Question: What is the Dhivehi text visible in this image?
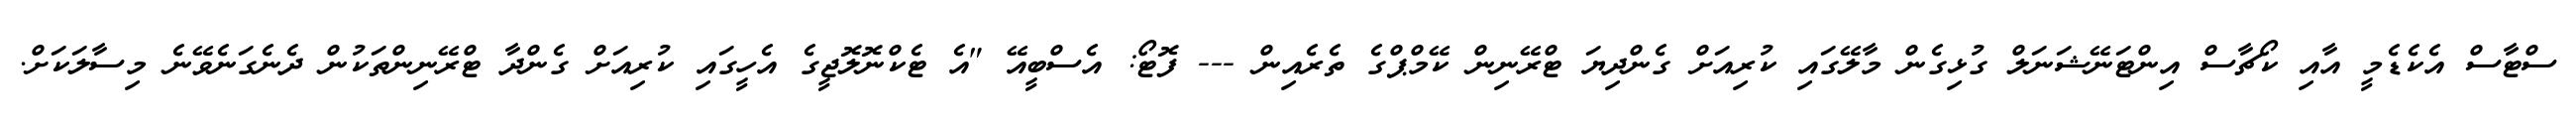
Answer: ސްޓާސް އެކެޑެމީ އާއި ކޯޗާސް އިންޓަނޭޝަނަލް ގުޅިގެން މާލޭގައި ކުރިއަށް ގެންދިޔަ ޓްރޭނިން ކޭމްޕްގެ ތެރެއިން --- ފޮޓޯ: އެސްބީއޭ "އެ ޓެކްނޮލޮޖީގެ އެހީގައި ކުރިއަށް ގެންދާ ޓްރޭނިންތަކުން ދެނެގަނެވޭނެ މިސާލަކަށް.